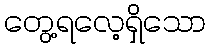
တွေ့ရလေ့ရှိသော